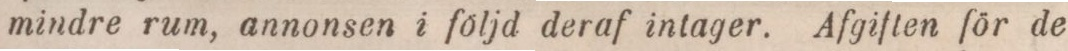
mindre rum, annonsen i följd deraf intager. Afgiften för de